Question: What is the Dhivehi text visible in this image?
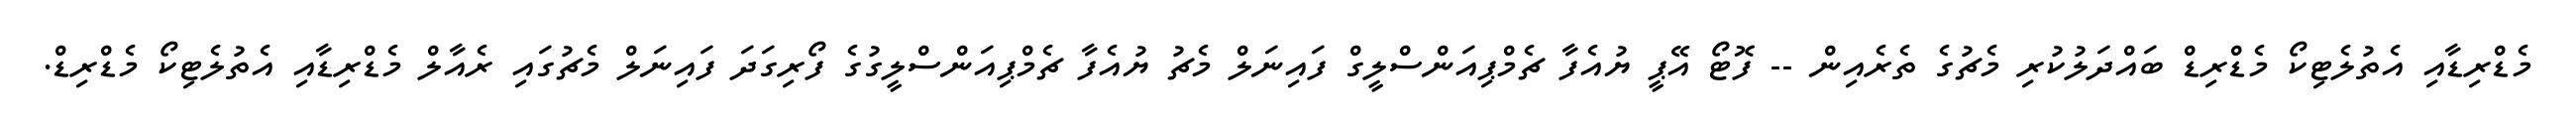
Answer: މެޑްރިޑާއި އެތުލެޓިކޯ މެޑްރިޑް ބައްދަލުކުރި މެޗުގެ ތެރެއިން -- ފޮޓޯ އޭޕީ ޔުއެފާ ޗެމްޕިއަންސްލީގް ފައިނަލް މެޗު ޔުއެފާ ޗެމްޕިއަންސްލީގުގެ ފޯރިގަދަ ފައިނަލް މެޗުގައި ރެއާލް މެޑްރިޑާއި އެތުލެޓިކޯ މެޑްރިޑް.